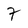
Character: 7